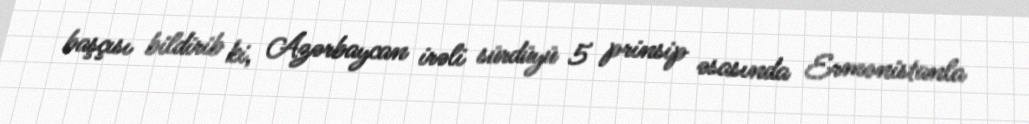
başçısı bildirib ki, Azərbaycan irəli sürdüyü 5 prinsip əsasında Ermənistanla